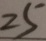
2 5